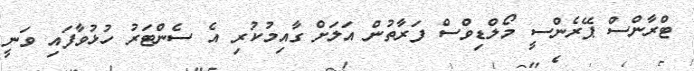
ޓްރާންސް ޕޭރެންސީ މޯލްޑިވްސް ފަރާތުން އަލަށް ގާއިމުކުރި އެ ސެންޓަރު ހުޅުވާފައި ވަނީ